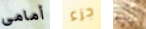
أمامى جزء بارني